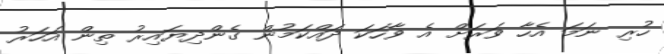
ހުރި ނަމަ އެހާ ވަރަށް އެ ވާހަކަ ދައްކަމުން ގެންދިޔައިރު ތިން އަހަރު